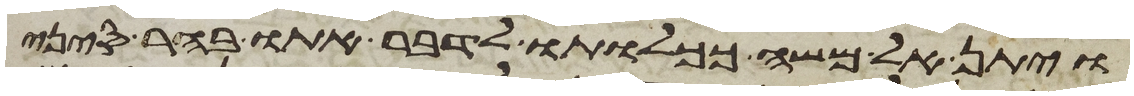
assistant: ויתן אל משה ככלותו לדבר אתו בהר סיני